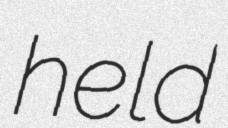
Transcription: held